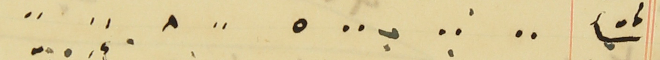
شتأً ⸗ ⸗ بـ ⸗ ٥ ⸗ ٨ ⸗ ⸗